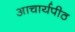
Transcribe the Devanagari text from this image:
अाचार्यपीठ